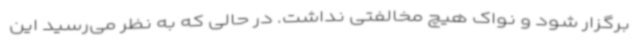
برگزار شود و نواک هیچ مخالفتی نداشت. در حالی که به نظر می‌رسید این